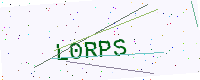
Text: L0RPS